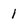
Character: l